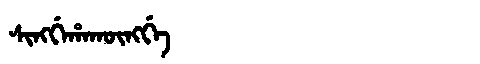
Manchu: ᠰᡳᠩᡤᡝᡥᠠᡴᡡᠩᡤᡝ
Romanization: SINGGEHAKŪNGGE